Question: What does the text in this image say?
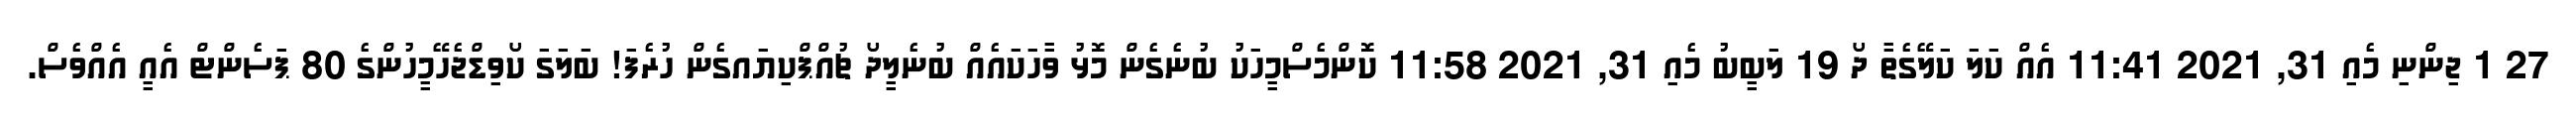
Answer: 27 1 ޖިންނި މެއި 31, 2021 11:41 އެއް ކަލަ ކަލޭގެތާ ދޯ 19 ލަބީބު މެއި 31, 2021 11:58 ކޮންމެސްމީހަކު ބުނެގެން މޮޅު ވާހަކައެއް ބުނެލީދޯ ޗުއްޕްކިޔައގެން ހުރެފަ! ބަލަގަ ކޯވިޑްޖެހޭމީހުންގެ 80 ޕަސެންޓް އެއީ އެއްވެސް.